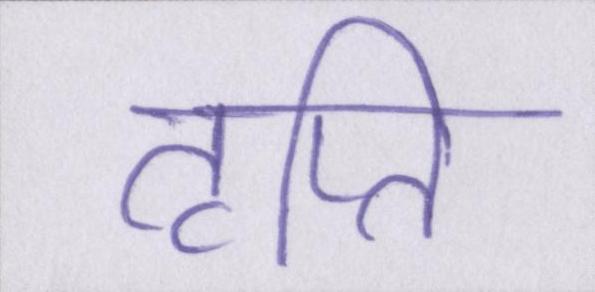
तृप्ति